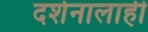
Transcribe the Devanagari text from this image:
दर्शनालाही